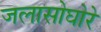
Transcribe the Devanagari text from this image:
जलासोघोरे